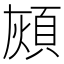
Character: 𩒏